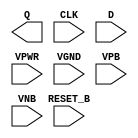
module sky130_fd_sc_hvl__dfrtp (
    Q      ,
    CLK    ,
    D      ,
    RESET_B,
    VPWR   ,
    VGND   ,
    VPB    ,
    VNB
);

    output Q      ;
    input  CLK    ;
    input  D      ;
    input  RESET_B;
    input  VPWR   ;
    input  VGND   ;
    input  VPB    ;
    input  VNB    ;
endmodule